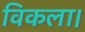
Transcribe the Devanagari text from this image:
विकला।